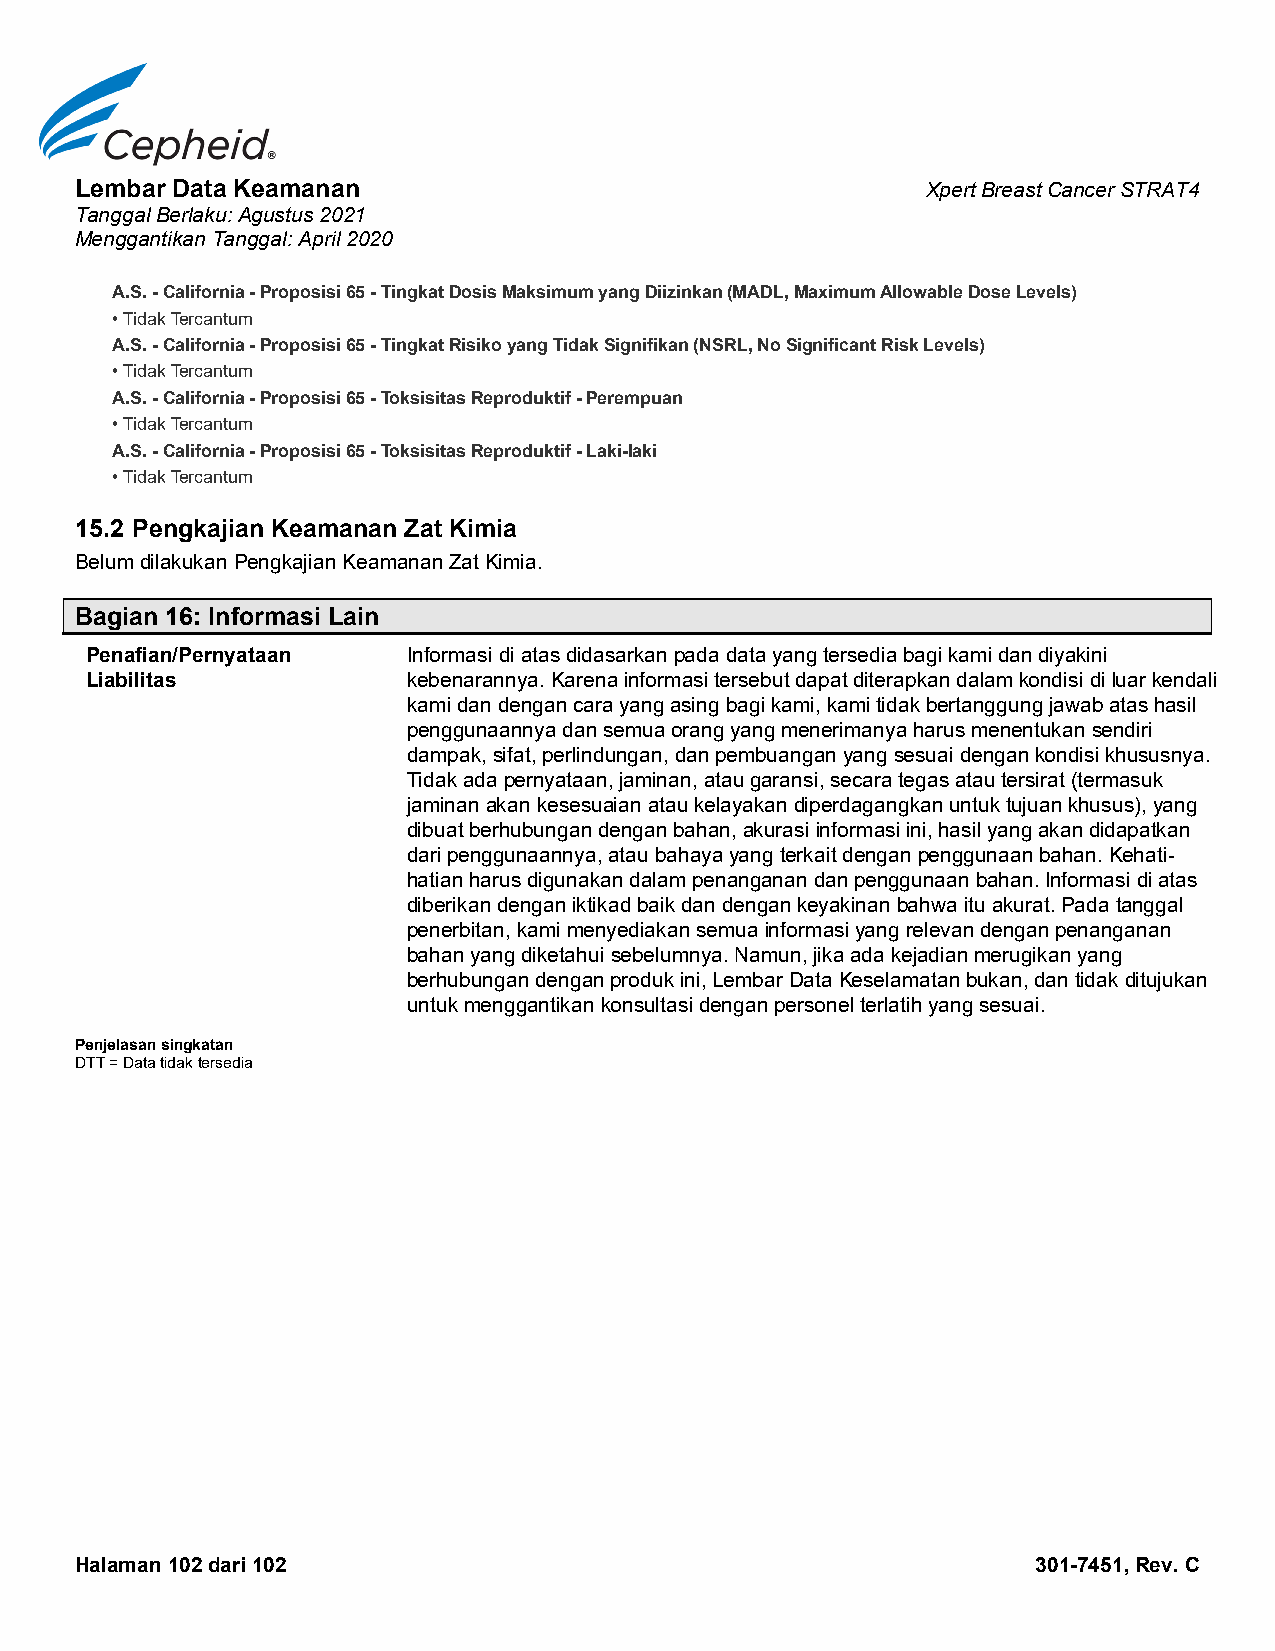
Lembar Data Keamanan                                    Xpert Breast Cancer STRAT4
 Tanggal Berlaku: Agustus 2021
 Menggantikan Tanggal: April 2020
 A.S. - California - Proposisi 65 - Tingkat Dosis Maksimum yang Diizinkan (MADL, Maximum Allowable Dose Levels)
 • Tidak Tercantum
 A.S. - California - Proposisi 65 - Tingkat Risiko yang Tidak Signifikan (NSRL, No Significant Risk Levels)
 • Tidak Tercantum
 A.S. - California - Proposisi 65 - Toksisitas Reproduktif - Perempuan
 • Tidak Tercantum
 A.S. - California - Proposisi 65 - Toksisitas Reproduktif - Laki-laki
 • Tidak Tercantum
 15.2 Pengkajian Keamanan Zat Kimia
 Belum dilakukan Pengkajian Keamanan Zat Kimia.
 Bagian 16: Informasi Lain
 Penafian/Pernyataan  Informasi di atas didasarkan pada data yang tersedia bagi kami dan diyakini
 Liabilitas           kebenarannya. Karena informasi tersebut dapat diterapkan dalam kondisi di luar kendali
 kami dan dengan cara yang asing bagi kami, kami tidak bertanggung jawab atas hasil
 penggunaannya dan semua orang yang menerimanya harus menentukan sendiri
 dampak, sifat, perlindungan, dan pembuangan yang sesuai dengan kondisi khususnya.
 Tidak ada pernyataan, jaminan, atau garansi, secara tegas atau tersirat (termasuk
 jaminan akan kesesuaian atau kelayakan diperdagangkan untuk tujuan khusus), yang
 dibuat berhubungan dengan bahan, akurasi informasi ini, hasil yang akan didapatkan
 dari penggunaannya, atau bahaya yang terkait dengan penggunaan bahan. Kehati-
 hatian harus digunakan dalam penanganan dan penggunaan bahan. Informasi di atas
 diberikan dengan iktikad baik dan dengan keyakinan bahwa itu akurat. Pada tanggal
 penerbitan, kami menyediakan semua informasi yang relevan dengan penanganan
 bahan yang diketahui sebelumnya. Namun, jika ada kejadian merugikan yang
 berhubungan dengan produk ini, Lembar Data Keselamatan bukan, dan tidak ditujukan
 untuk menggantikan konsultasi dengan personel terlatih yang sesuai.
 Penjelasan singkatan
 DTT = Data tidak tersedia
 Halaman 102 dari 102                                            301-7451, Rev. C